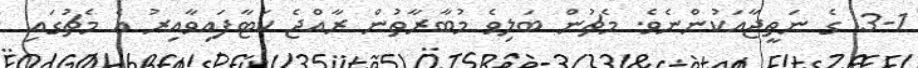
3-1 ގެ ނަތީޖާއަކުންނެވެ. މެޗުން ބަލިވެ މުބާރާތުން ރާއްޖެ ކަޓާފައިވާއިރު އެ މެޗުގައި